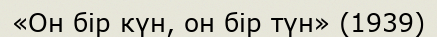
«Он бір күн, он бір түн» (1939)